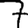
Digit: 7